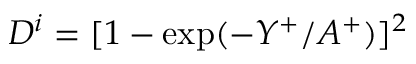
D ^ { i } = [ 1 - \mathrm { e x p } ( { - Y ^ { + } } / { A ^ { + } } ) ] ^ { 2 }